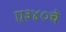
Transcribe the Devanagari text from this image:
ए३४०चे